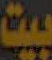
بيت